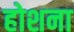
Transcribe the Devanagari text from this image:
होशना